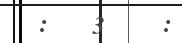
:   3    :